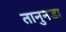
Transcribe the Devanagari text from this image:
तानुनडा